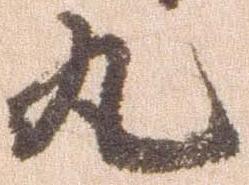
丸